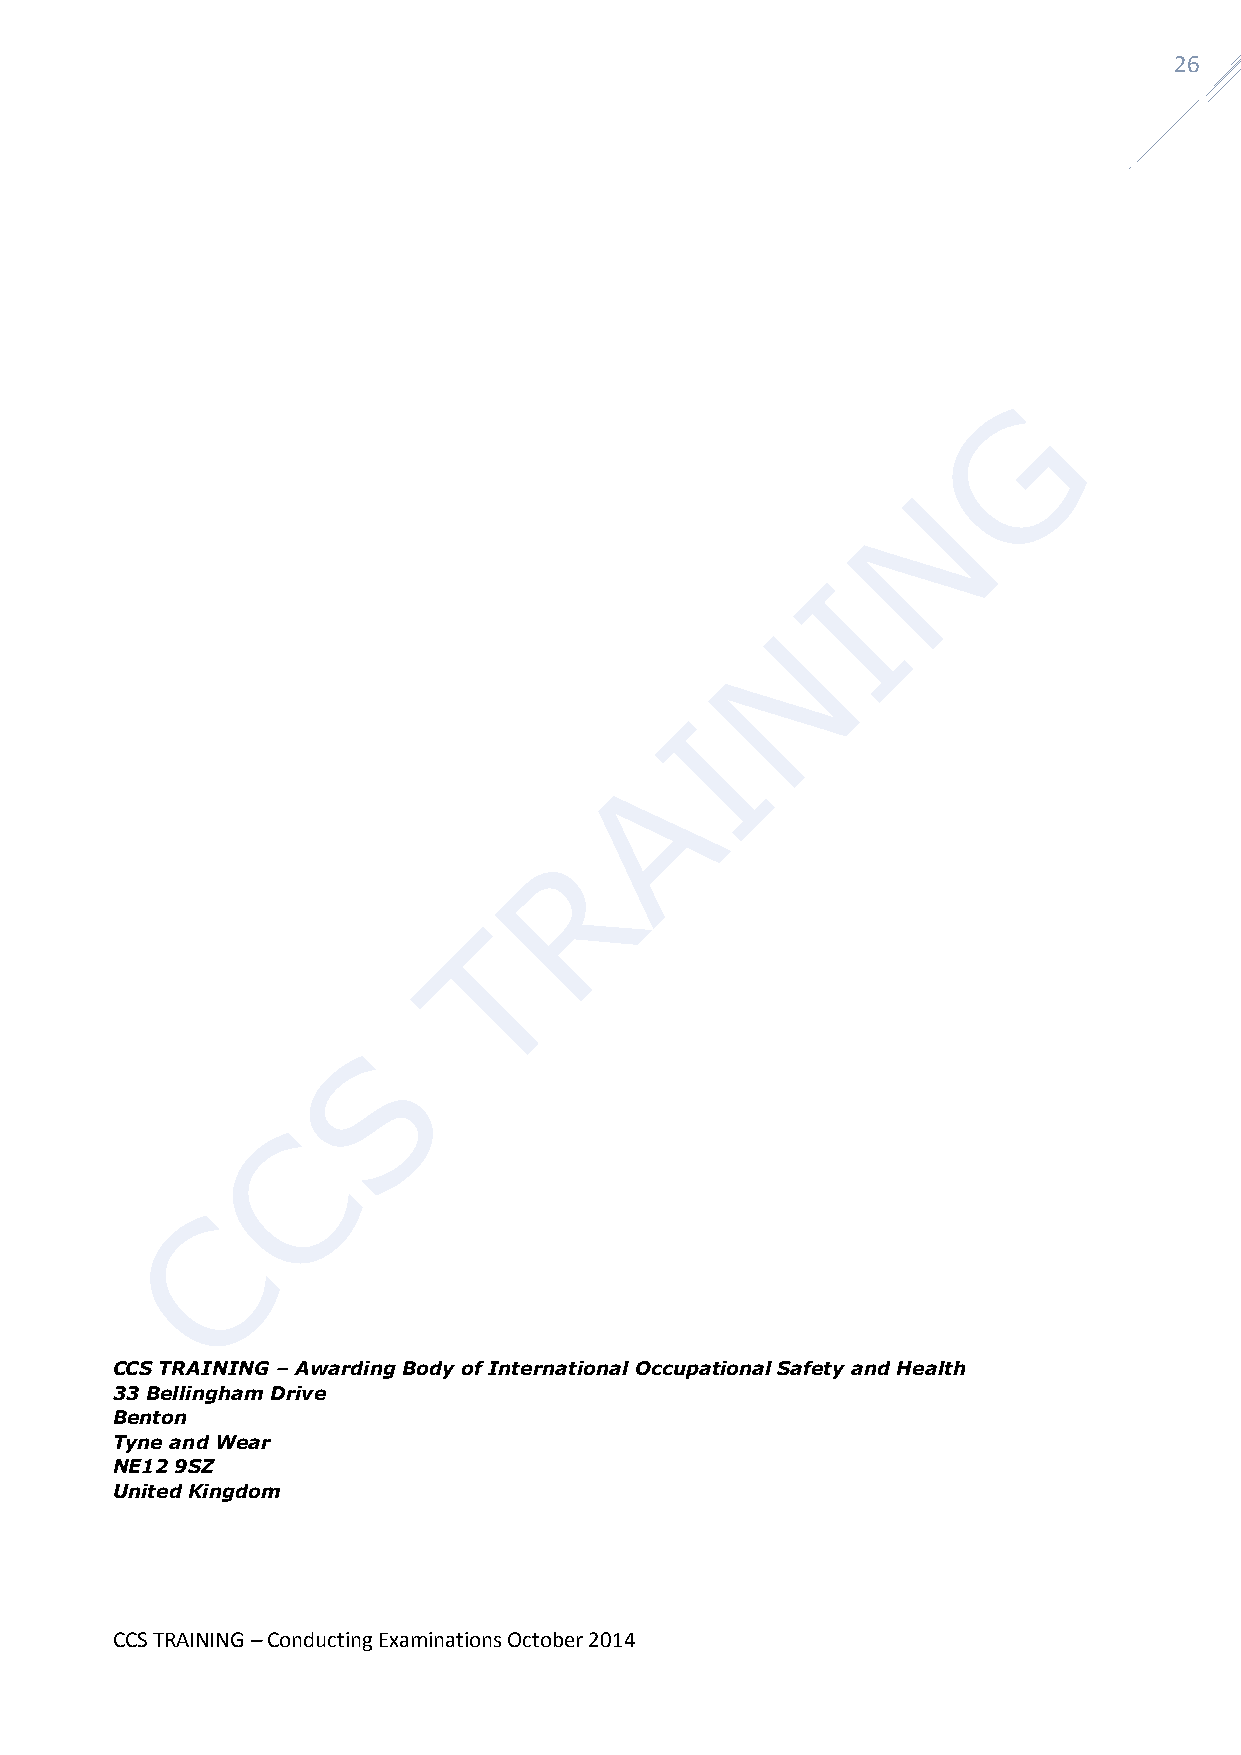
26
 CCS TRAINING – Awarding Body of International Occupational Safety and Health
 33 Bellingham Drive
 Benton
 Tyne and Wear
 NE12 9SZ
 United Kingdom
 CCS TRAINING – Conducting Examinations October 2014